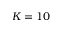
K = 1 0